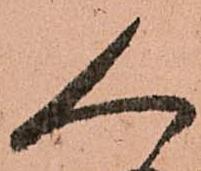
人